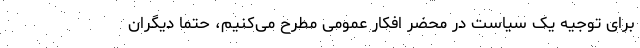
برای توجیه یک سیاست در محضر افکار عمومی مطرح می‌کنیم، حتما دیگران